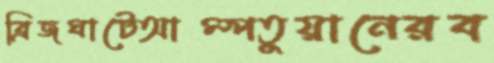
ব্রিজঘাটেআম্পতুয়ানেরব